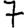
Digit: 7